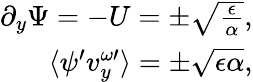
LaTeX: \begin{array}{r}{\partial_{y}\Psi=-U=\pm\sqrt{\frac{\epsilon}{\alpha}},}\\ {\langle\psi^{\prime}v_{y}^{\omega\prime}\rangle=\pm\sqrt{\epsilon\alpha},}\end{array}